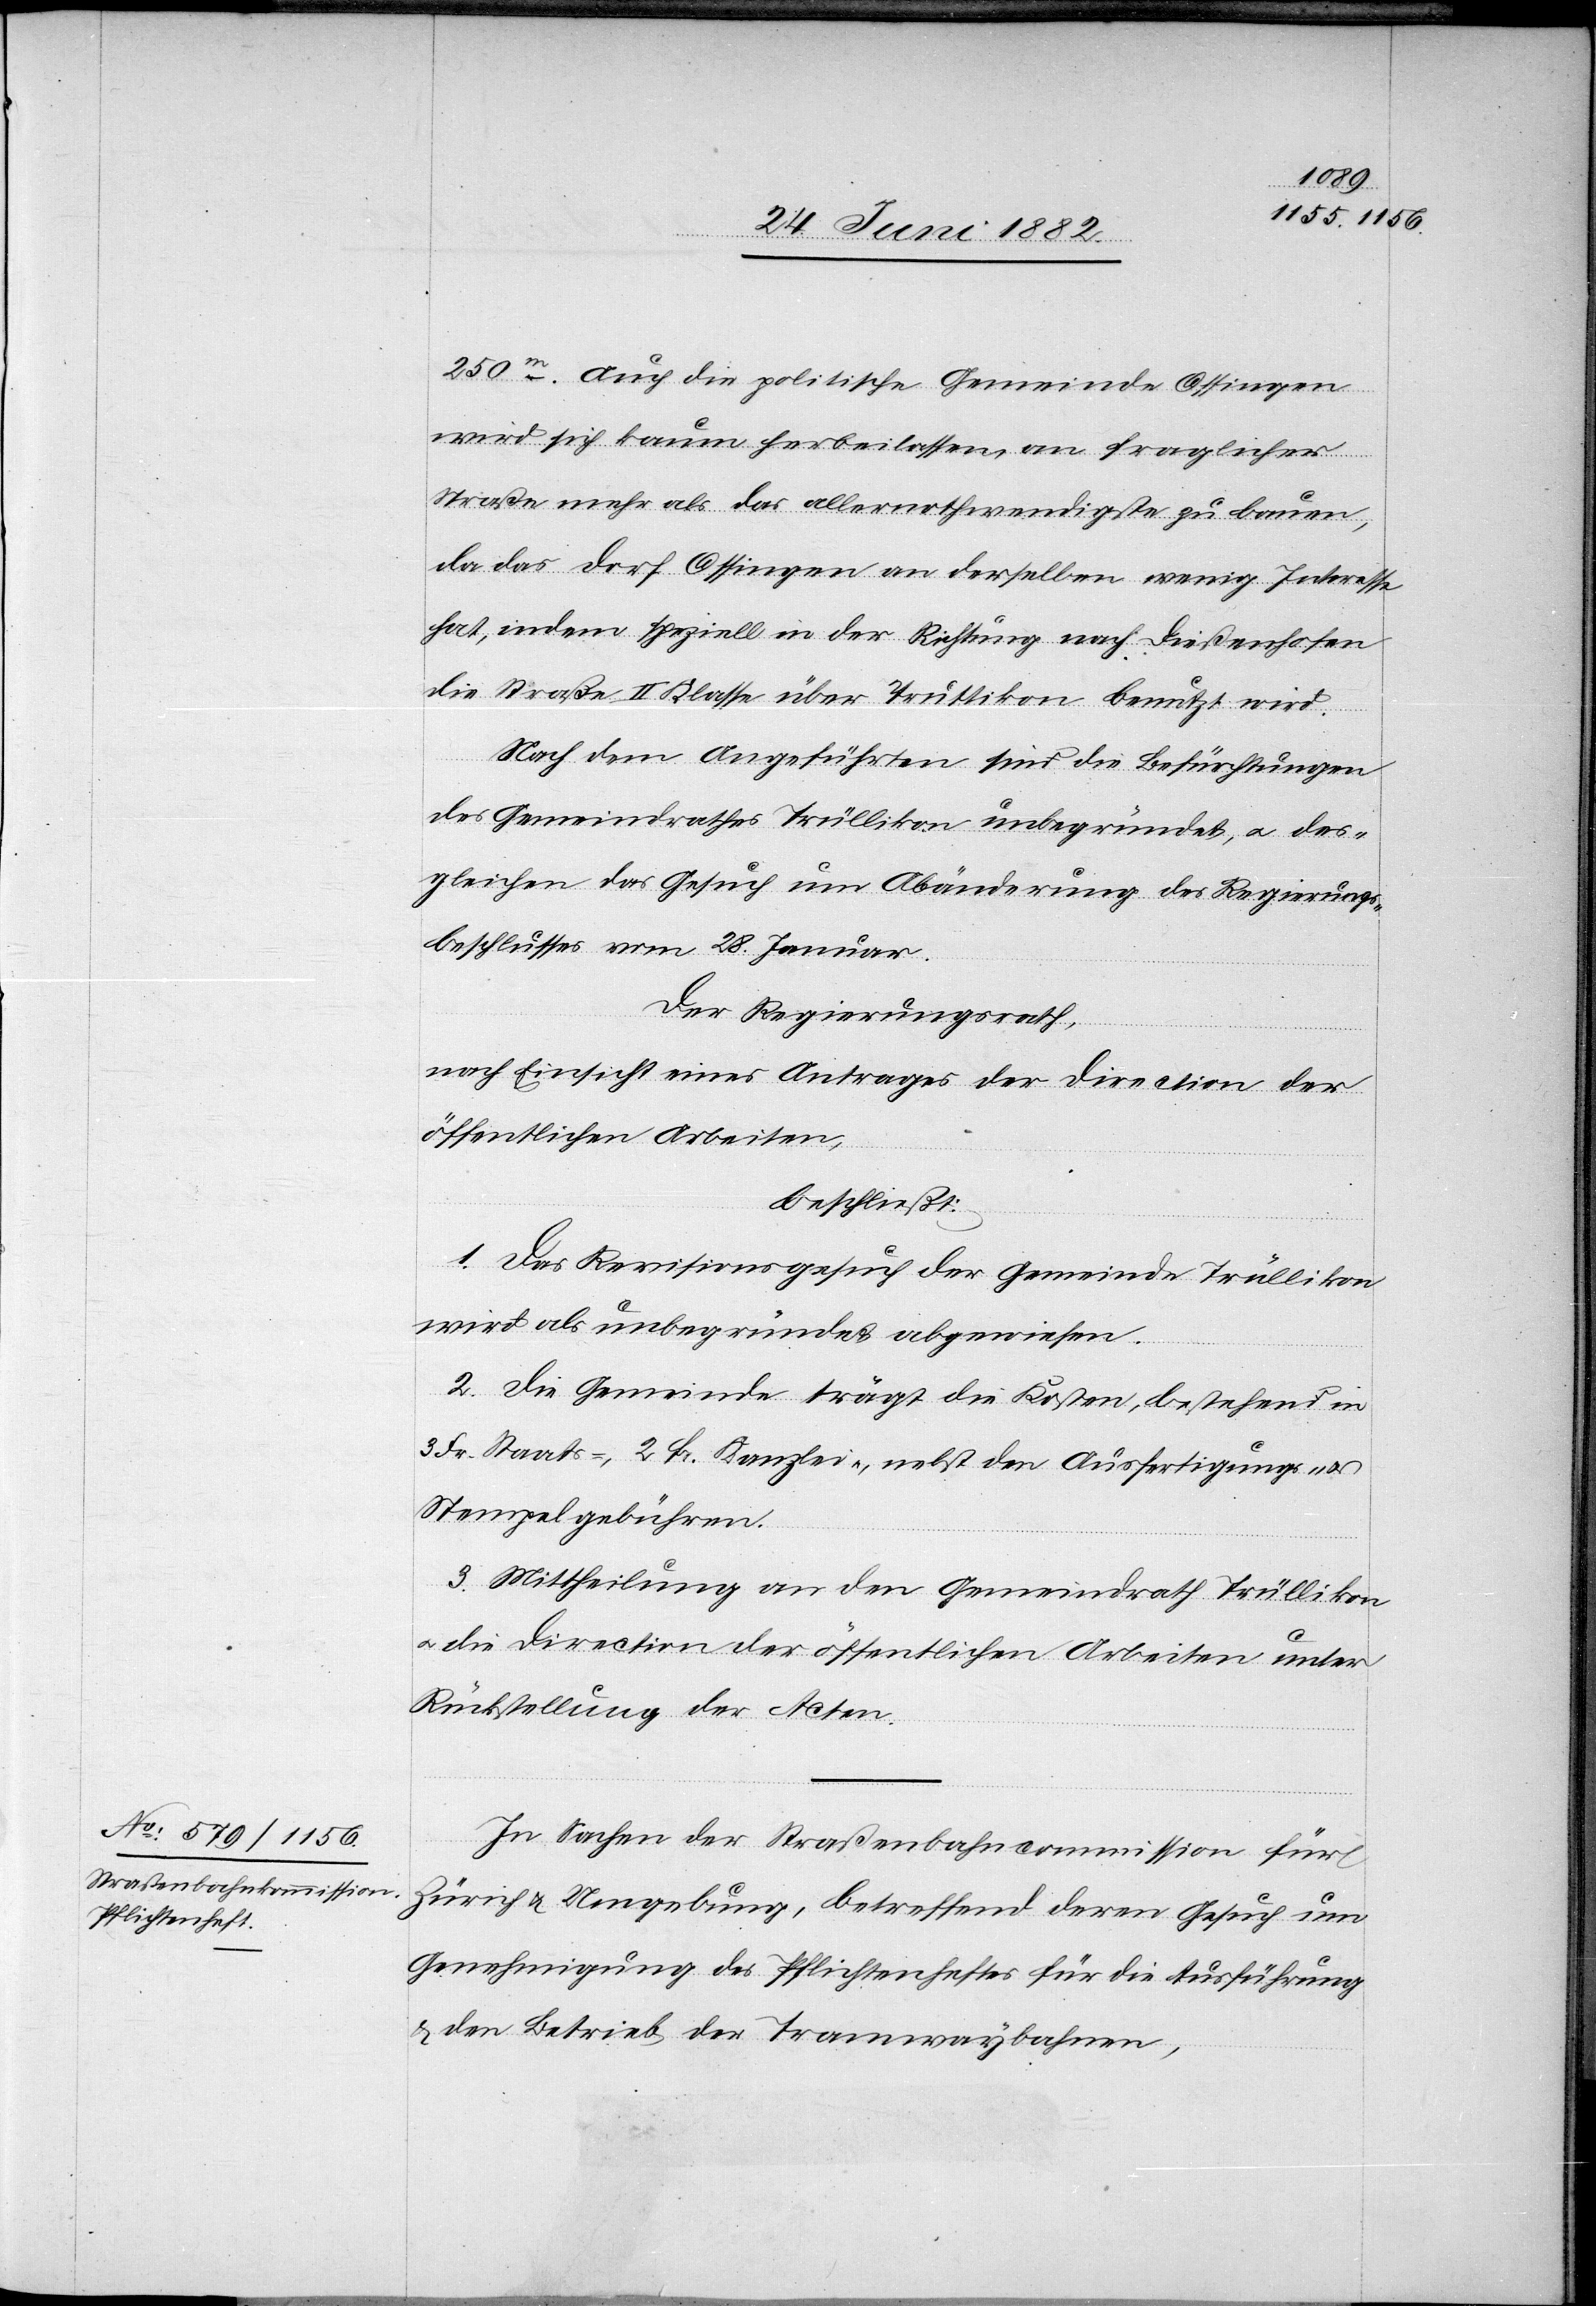
250m. Auch die politische Gemeinde Ossingen
wird sich kaum herbeilassen, an fraglicher
Straße mehr als das allernothwendigste zu bauen,
da das Dorf Ossingen an derselben wenig Interesse
hat, indem speziell in der Richtung nach Dießenhofen
die Straße II. Klasse über Truttikon benutzt wird.
Nach dem Angeführten sind die Befürchtungen
des Gemeindrathes Trüllikon unbegründet, u. des¬
gleichen das Gesuch um Abänderung des Regierungs¬
beschlusses vom 28. Januar.
Der Regierungsrath,
nach Einsicht eines Antrages der Direction der
öffentlichen Arbeiten,
beschließt:
1. Das Revisionsgesuch der Gemeinde Trüllikon
wird als unbegründet abgewiesen.
2. Die Gemeinde trägt die Kosten, bestehend in
3 Fr. Staats-, 2 Fr. Kanzlei-, nebst den Ausfertigungs- u.
Stempelgebühren.
3. Mittheilung an den Gemeindrath Trüllikon
u. die Direction der öffentlichen Arbeiten unter
Rückstellung der Acten.
In Sachen der Straßenbahncommission für
Zürich u. Umgebung, betreffend deren Gesuch um
Genehmigung des Pflichtenheftes für die Ausführung
& den Betrieb der Tramwaybahnen,